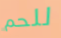
للحم